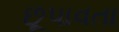
છૂપાવતા